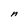
Character: n